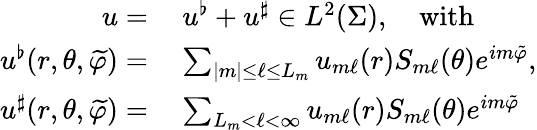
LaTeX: \begin{array}{rl}{u=}&{\: u^{\flat}+u^{\sharp}\in L^{2}(\Sigma),\quad\textnormal{with}}\\ {u^{\flat}(r,\theta,\widetilde{\varphi})=}&{\: \sum_{|m|\leq\ell\leq L_{m}}u_{m\ell}(r)S_{m\ell}(\theta)e^{im\tilde{\varphi}},}\\ {u^{\sharp}(r,\theta,\widetilde{\varphi})=}&{\: \sum_{L_{m}<\ell<\infty}u_{m\ell}(r)S_{m\ell}(\theta)e^{im\tilde{\varphi}}}\end{array}